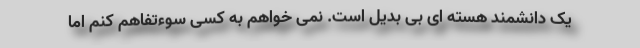
یک دانشمند هسته ای بی بدیل است. نمی خواهم به کسی سوءتفاهم کنم اما